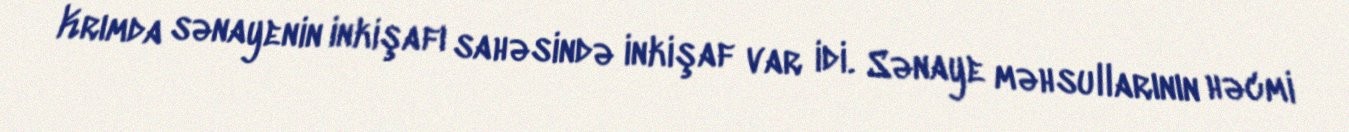
Krımda sənayenin inkişafı sahəsində inkişaf var idi. Sənaye məhsullarının həcmi